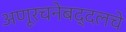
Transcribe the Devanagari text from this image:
अणूरचनेबद्दलचे